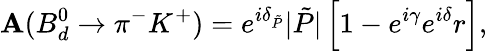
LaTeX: \mathbf{A}(B_{d}^{0}\to\pi^{-}K^{+})=e^{i\delta_{\tilde{{P}}}}|\tilde{{P}}|\left[1-e^{i\gamma}e^{i\delta}r\right],